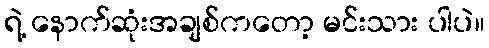
ရဲ့ နောက်ဆုံးအချစ်ကတော့ မင်းသား ပါပဲ။